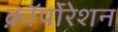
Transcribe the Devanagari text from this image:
क़ाॅर्पोरेशन